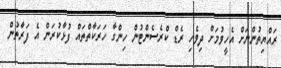
ރައްޔިތުންނަށް އެހީވުމަށް ދިވެހި ރެޑް ކްރެސެންޓުން ހިންގާ ހަރަކާތްތައް ފުޅާކުރަން އެ ފަރާތުން